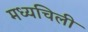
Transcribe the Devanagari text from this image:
मध्यचिली